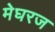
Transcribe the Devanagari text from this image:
मेघरज